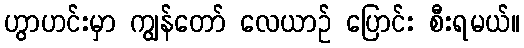
ဟွာဟင်းမှာ ကျွန်တော် လေယာဉ် ပြောင်း စီးရမယ်။